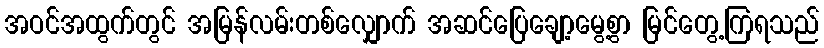
အဝင်အထွက်တွင် အမြန်လမ်းတစ်လျှောက် အဆင်ပြေချော့မွေ့စွာ မြင်တွေ့ကြရသည်